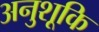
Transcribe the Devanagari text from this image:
अनुशूकि